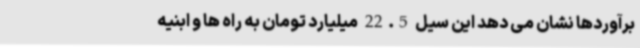
برآوردها نشان می دهد این سیل 22.5 میلیارد تومان به راه ها و ابنیه